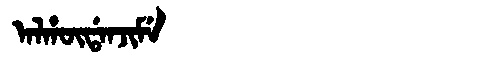
Manchu: ᠠᠯᡥᡡᡩᠠᠨᠵᡳᠮᡝ
Romanization: ALHŪDANJIME